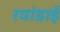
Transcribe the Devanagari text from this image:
रवांडाई